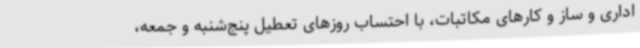
اداری و ساز و کارهای مکاتبات، با احتساب روزهای تعطیل پنج‌شنبه و جمعه،